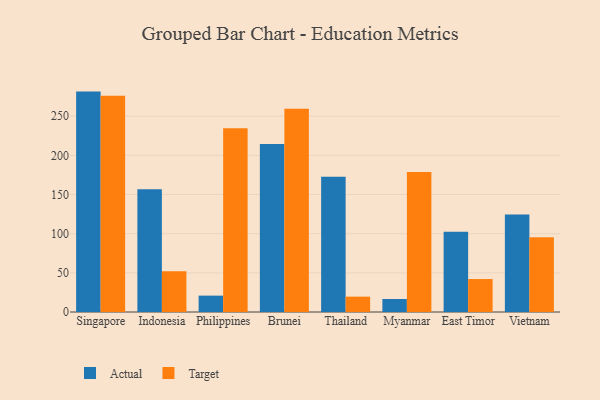
{"axis": {"x": "Country", "y": "Revenue (USD Million)"}, "legend": ["Actual", "Target"], "data": [{"x": "Singapore", "y": 281.4, "type": "Actual"}, {"x": "Singapore", "y": 276.0, "type": "Target"}, {"x": "Indonesia", "y": 156.7, "type": "Actual"}, {"x": "Indonesia", "y": 52.0, "type": "Target"}, {"x": "Philippines", "y": 20.9, "type": "Actual"}, {"x": "Philippines", "y": 234.5, "type": "Target"}, {"x": "Brunei", "y": 214.5, "type": "Actual"}, {"x": "Brunei", "y": 259.6, "type": "Target"}, {"x": "Thailand", "y": 172.8, "type": "Actual"}, {"x": "Thailand", "y": 19.6, "type": "Target"}, {"x": "Myanmar", "y": 16.6, "type": "Actual"}, {"x": "Myanmar", "y": 178.6, "type": "Target"}, {"x": "East Timor", "y": 102.4, "type": "Actual"}, {"x": "East Timor", "y": 42.1, "type": "Target"}, {"x": "Vietnam", "y": 124.5, "type": "Actual"}, {"x": "Vietnam", "y": 95.4, "type": "Target"}]}